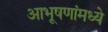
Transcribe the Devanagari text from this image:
आभूषणांमध्ये